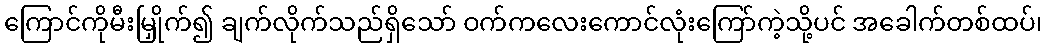
ကြောင်ကိုမီးမြှိုက်၍ ချက်လိုက်သည်ရှိသော် ဝက်ကလေးကောင်လုံးကြော်ကဲ့သို့ပင် အခေါက်တစ်ထပ်၊